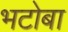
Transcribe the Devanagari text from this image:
भटोबा